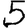
Digit: 5